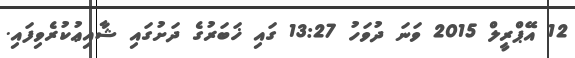
12 އޭޕްރީލް 2015 ވަނަ ދުވަހު 13:27 ގައި ޚަބަރުގެ ދަށުގައި ޝާއިޢުކުރެވިފައި.